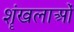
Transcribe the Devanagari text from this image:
शॄंखलाओं